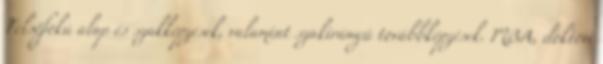
Felsőfokú alap és szakképzések, valamint szakirányú továbbképzések. MBA, doktori